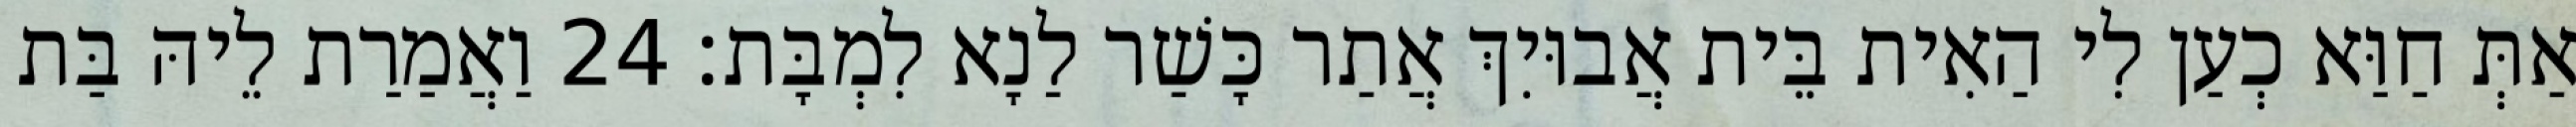
אַתְּ חַוַּא כְעַן לִי הַאִית בֵּית אֲבוּיִךְ אֲתַר כָּשַׁר לַנָא לִמְבָּת׃ 24 וַאֲמַרַת לֵיהּ בַּת